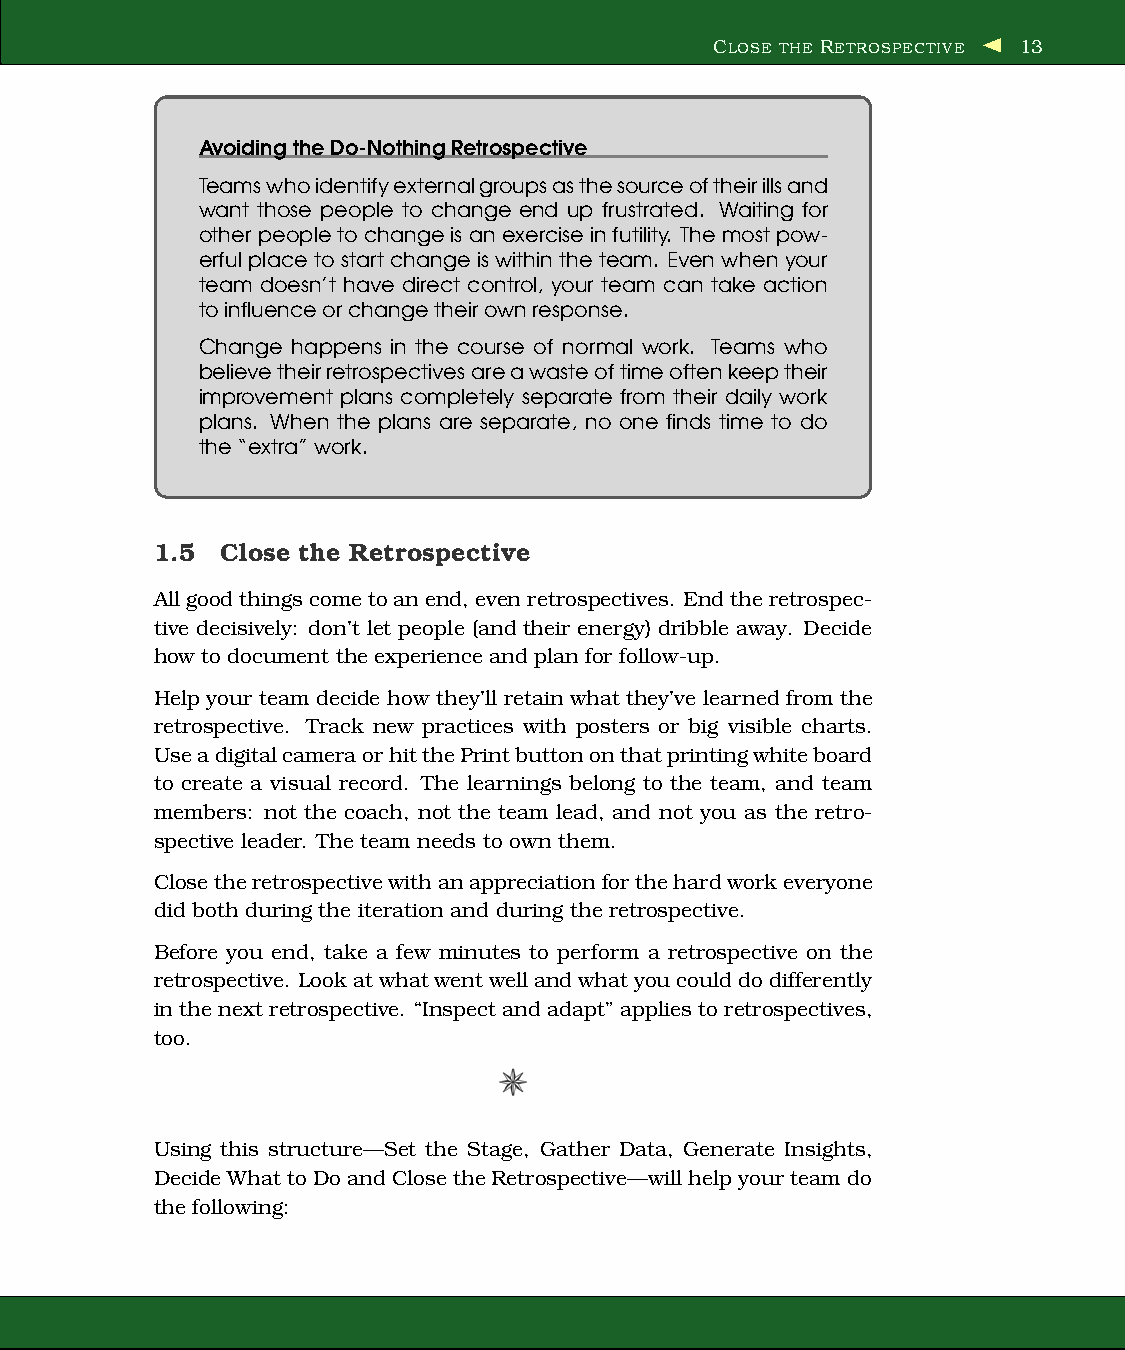
CLOSE THE RETROSPECTIVE 13
 AvoidingtheDo-NothingRetrospective
 Teamswhoidentifyexternalgroupsasthesourceoftheirillsand
 want those people to change end up frustrated. Waiting for
 other peopletochangeisanexerciseinfutility. The mostpow-
 erful placeto startchangeiswithinthe team. Even when your
 team doesn’t have direct control, your team can take action
 toinfluenceorchangetheirownresponse.
 Change happens in the course of normal work. Teams who
 believetheirretrospectivesareawasteoftimeoftenkeeptheir
 improvement plans completely separate from their daily work
 plans. When the plans are separate, no one finds time to do
 the“extra”work.
 1.5  Close the Retrospective
 Allgood thingscome toanend, even retrospectives. Endtheretrospec-
 tive decisively: don’t let people (and their energy) dribble away. Decide
 how to document the experience and plan for follow-up.
 Help your team decide how they’ll retain what they’ve learned from the
 retrospective. Track new practices with posters or big visible charts.
 UseadigitalcameraorhitthePrintbuttononthatprintingwhiteboard
 to create a visual record. The learnings belong to the team, and team
 members: not the coach, not the team lead, and not you as the retro-
 spective leader. The team needs to own them.
 Closetheretrospectivewithanappreciationforthehardworkeveryone
 did both during the iteration and during the retrospective.
 Before you end, take a few minutes to perform a retrospective on the
 retrospective. Lookatwhatwentwellandwhatyoucoulddodifferently
 in the next retrospective. “Inspect and adapt” applies to retrospectives,
 too.
 Using this structure—Set the Stage, Gather Data, Generate Insights,
 DecideWhattoDoandClose theRetrospective—willhelpyour teamdo
 the following: